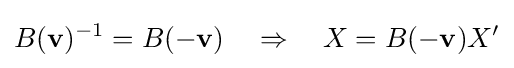
B(\mathbf {v} )^{-1}=B(-\mathbf {v} )\quad \Rightarrow \quad X=B(-\mathbf {v} )X'